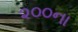
૨૦૦ના